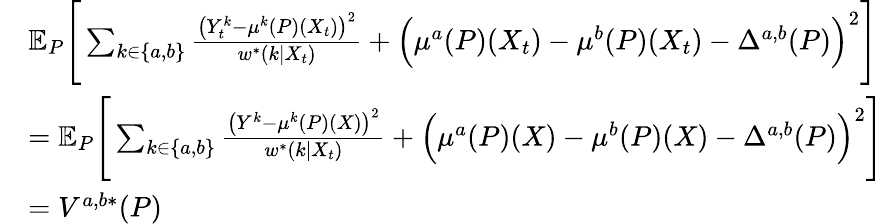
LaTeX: \begin{array}{rl}&{\mathbb{E}_{P}\Bigg[\sum_{k\in\{ a,b\} }\frac{\big(Y_{t}^{k}-\mu^{k}(P)(X_{t})\big)^{2}}{w^{*}(k|X_{t})}+\Big(\mu^{a}(P)(X_{t})-\mu^{b}(P)(X_{t})-\Delta^{a,b}(P)\Big)^{2}\Bigg]}\\ &{=\mathbb{E}_{P}\Bigg[\sum_{k\in\{ a,b\} }\frac{\big(Y^{k}-\mu^{k}(P)(X)\big)^{2}}{w^{*}(k|X_{t})}+\Big(\mu^{a}(P)(X)-\mu^{b}(P)(X)-\Delta^{a,b}(P)\Big)^{2}\Bigg]}\\ &{=V^{a,b*}(P)}\end{array}